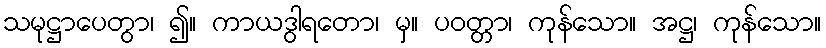
သမုဋ္ဌာပေတွာ၊ ၍။ ကာယဒွါရတော၊ မှ။ ပဝတ္တာ၊ ကုန်သော။ အဋ္ဌ၊ ကုန်သော။